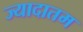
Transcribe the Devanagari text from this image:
ज्यादातम